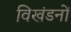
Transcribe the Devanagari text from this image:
विखंडनों